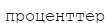
проценттер